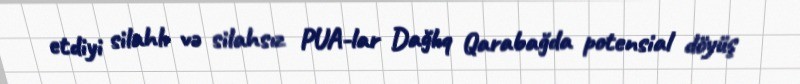
etdiyi silahlı və silahsız PUA-lar Dağlıq Qarabağda potensial döyüş